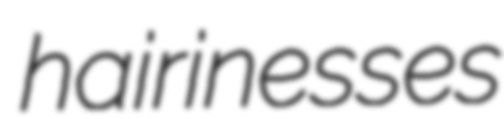
hairinesses